Vaccination in the Punjab 1883-1896 - 1883-1896
Year: 1883
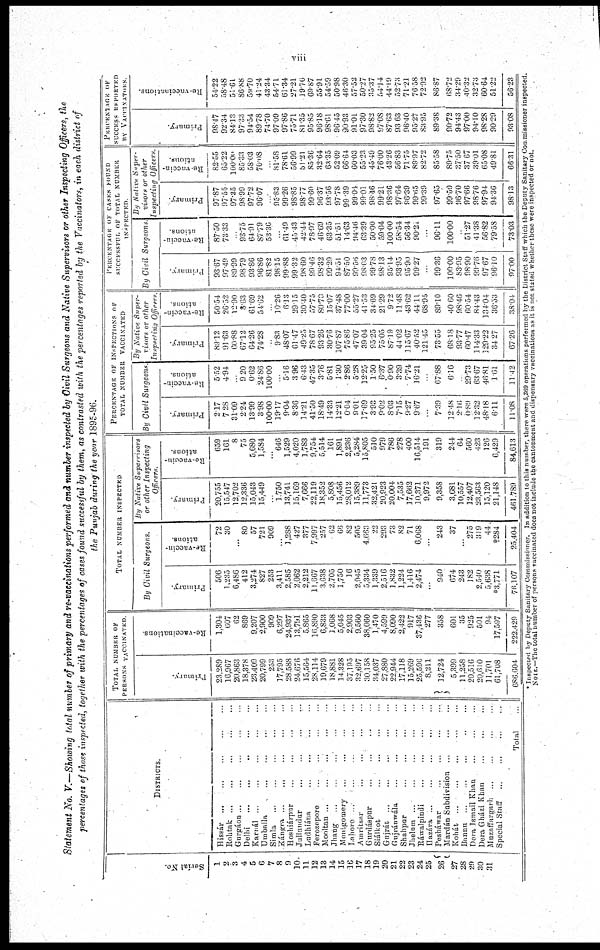
viii
Statement No. V.—Showing total number of primary and re-vaccinations performed and number inspected by Civil Surgeons and Native Supervisors or other Inspecting Officers, the
percentages of those inspected, together with the percentages of cases found successful by them, as contrasted with the percentages reported by the Vaccinators, in each district of
the Punjab during the year 1895-96.
Serial No.
1
2
3
4
5
6
7
8
9
10
11
12
13
14
15
16
17
18
19
20
21
22
23
24
25
26
27
28
20
30
31
DISTRICTS.
Hissár
...
...
...
...
...
Rohtak
...
...
...
...
...
Gurgáon .. ... ... ... ...
Delhi
...
...
...
...
...
Karal
...
...
...
...
...
Umballa ... ... ... ...
Simla ... ... ... ... ...
Kángra ... ... ... ... ...
Hosliiáipur ... ... ... ...
Jullandur ... ... ... ...
Ladhiána ... ... ... ...
Mooltan ... ... ... ...
Mooltan ... ... ... ... ...
Jhang ... ... ... ...
Motgomery ... ... ... ...
Lahore ... ... ... ... ...
Amritsar ... ... ... ... ...
Grudáspur ... ... ... ...
Srálkot
...
...
...
...
...
Gujrát ... ... ... ... ...
Gujránwála ... ... ...
Shahpur ... ... ... ...
Jhelum ... ... ... ... ...
Ráwalpindi ... ... ... ...
Hazára
...
...
...
...
...
Pesháwar ... ... ... ... ...
Martián Subdivision ... ... ...
Kohát ... ... ... ... ...
Bannu ... ... ... ... ...
Dera Ismail Khan ... ... ...
Dera Gházi Khan ... ... ...
Muzaffargarh ... ... ... ...
Special Staff
...
...
...
...
Total ...
TOTAL NUMBER OF
PERSONS VACCINATRD.
Primary.
23,289
16,967
20,863
18,378
23,409
20,799
233
17,795
28,588
24,676
15,564
28,114
19,679
18,881
14,328
37,195
32,697
30,158
34,037
27,880
22,944
17,118
15,269
25,596
8,211
12,724
5,399
11,258
20,516
20,610
11,701
61,708
686,604
Re-vaccinations
1,304
607
62
869
9,207
2,900
909
6,297
24,937
13,791
5,865
16,890
6,833
1,068
5,045
2,903
9,560
38,060
1,470
4,599
8,090
2,422
917
37,436
277
358
601
35
925
501
94
17,597
222,429
TOTAL NUMBER INSPECTED
By Civil
Surgeons.
Primary.
506
1,235
6,486
412
3,274
827
253
3,411
2,585
2,062
2,212
11,667
3,638
2,705
1,750
16
2,945
5,334
1,339
2,516
1,832
1,224
1,416
2,474
...
940
674
243
182
2,540
5,638
*3,771
76,107
Re-vaccin-
ations
72
30
...
80
57
721
909
...
1,288
427
377
7,997
257
62
66
82
505
4,663
22
293
73
82
71
6,068
...
243
37
...
275
319
44
*284
25,404
By Native
Supervisons
or other
Inspecting
Officers
Primary.
20,755
15,547
12,702
12,336
15,043
15,449
1,750
13,741
15,169
7,666
22,119
18,352
5,808
15,456
28,012
15,389
11,773
32,421
20,923
20,004
7,535
17,662
10,371
9,972
9,358
3,681
10,557
12,407
23,563
15,120
21,148
461,789
Re-vaccin-
ations.
659
161
8
75
5,680
1,584
646
1,529
4,020
1,783
9,754
5,514
161
1,891
2,236
5,284
15,805
510
979
786
278
400
16,514
191
319
244
64
560
423
126
6,429
84,613
PERCENTAGE OF INSPECTIONS OF
TOTAL NUMBER VACCINATED
By Civil Surgeon.
Primary.
2.17
7.28
31.09
2 24
13.99
3.98
100.00
19.17
9.04
8.36
14.21
41.50
18.49
14.33
12.21
0.04
9.01
17.69
3.93
9.02
8.03
7.15
9.27
9.67
...
7.39
12.48
2.16
0.89
12.32
48.18
6.11
11.08
Re-vaccin-
ations
5.52
4.94
9.20
0.62
24.86
100.00
5.16
3.96
6.43
47.35
3.76
5.81
1.30
2.86
5.28
12.25
1.50
6.37
0.90
3.39
7.74
16.21
67.88
6.16
29.73
63.67
46.81
1.61
11.42
By Nature Super-
visions or other
Inspecting Officer
Primary.
89.12
91.63
60,88
67.12
64.26
74.28
9.83
48.07
61.47
49.25
78.67
93.26
30.76
107.87
75.86
47.07
39.04
95.25
75.05
87.19
44.02
115.67
40.52
121.45
73.55
68.18
93.77
60.47
114.33
129.22
34.27
67.26
Re-vaccin-
ations.
50.54
26.52
12.90
8,63
61.69
54.62
10.26
6.13
29.15
30.40
57.75
80.70
15.07
37.48
77.00
55.27
41.53
34.69
21.29
9.72
11.48
43.62
44.11
68.95
89.10
40.60
98.46
60.54
84.43
134.04
36.53
38.04
PERCENTAGE OF
CASES FOUND
SUCCESSFUL OF TOTAL NUMBER
INSPECTED
By Cival Surgeons
Primary.
93.67
97.49
89.99
98.79
93.86
96.86
81.82
98.15
99.88
99.32
98.60
99.46
98.32
99.29
94.51
87.50
99.36
98.03
99.78
98.13
95.14
93.95
95.90
99.27
99.36
100.00
83.95
98.90
99.76
97.67
96.10
97.00
Re-vaccin-
ations.
87.50
73.33
93.75
64.91
87.79
53.36
61.49
45.43
42.44
78.97
46.69
63.35
51.51
14.63
94.46
63.39
50.00
59.04
100.00
58.54
56.34
90.21
96.11
100.00
51.27
41.38
56.82
79.58
73.03
By Nature
Super-
visons or other
Inspecting
Officer.
Primary
97.87
97.55
97.35
98.99
97.72
96.07
95.83
99.26
98.85
98.77
99.60
96.37
93.56
97.78
99.39
99.04
99.01
98.46
99.21
98.36
97.64
96.39
99.65
99.39
97.65
99.59
96.70
97.66
98.76
97.94
94.36
98.13
Re-vaccin-
ations
82.50
65.22
100.00
85.33
58.03
70.08
..
81.58
78.61
56.99
51.21
85.36
32.64
63.35
52.09
66.64
60.03
55.23
45.49
76.00
43.26
56.83
71.75
89.97
82.72
85.58
89.75
37.50
37.67
39.01
65.08
49.81
66.31
PERCENTAGE OF
SUCCESS REPORTED
BY VACCINATORS.
Primary
98.47
92.34
84.13
97.33
94.54
89.78
74.70
97.09
97.86
75.71
81.35
95.85
96.18
98.61
96.45
90.93
91.01
97.30
98.82
97.08
87.63
93.63
96.40
93.27
83.95
89.38
90 72
94.43
97.00
94.10
98.28
90.29
93.08
Re-vaccinations.
54.22
58.48
51.61
86.88
59.70
41.24
43.34
54.71
61.34
27.21
19.76
69.87
53.91
54.59
50.98
46.30
57.52
50.27
35.37
54.14
44.19
52.73
71.21
76.58
72.92
86.87
68.72
34.29
40.32
32.73
60.64
51.22
56.23
* Inspected by Deputy Sanitary Commissioner. In addition to this number, there were 5,369 operations performed by the District Staff which the Deputy Sanitary Commissioner inspected.
NOTE.—The total number of persons vaccinated does not include the cantonment and dispensary vaccinations as it is not stated whether these were inspected or not.